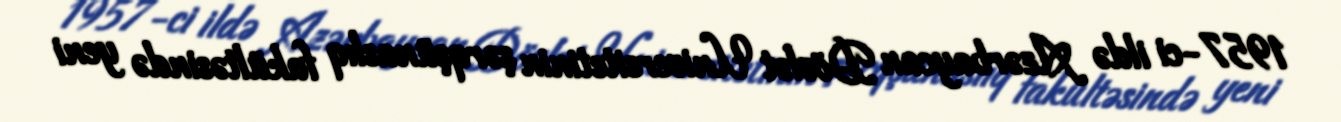
1957-ci ildə Azərbaycan Dövlət Universitetinin şərqşünaslıq fakültəsində yeni